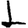
Digit: 1